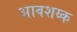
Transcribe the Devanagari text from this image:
आवशय्क